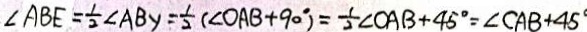
\angle A B E = \frac { 1 } { 2 } \angle A B Y = \frac { 1 } { 2 } ( \angle O A B + 9 0 ^ { \circ } ) = \frac { 1 } { 2 } \angle O A B + 4 5 ^ { \circ } = \angle C A B + 4 5 ^ { \circ }